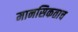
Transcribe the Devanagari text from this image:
मानसिकताच